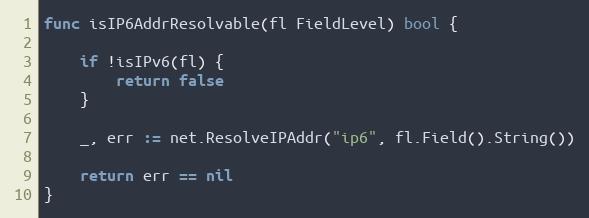
Language: Go
func isIP6AddrResolvable(fl FieldLevel) bool {

	if !isIPv6(fl) {
		return false
	}

	_, err := net.ResolveIPAddr("ip6", fl.Field().String())

	return err == nil
}